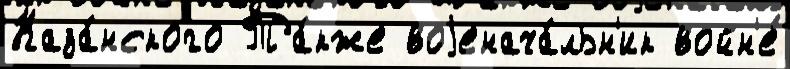
Каза́нского Та́кже воjенача́льн'ик войн'е́